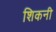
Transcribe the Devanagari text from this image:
शिकनी